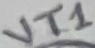
Text: VT1